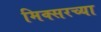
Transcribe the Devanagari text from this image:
मिक्सरच्या